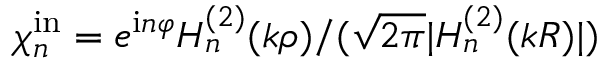
\chi _ { n } ^ { \mathrm { i n } } = e ^ { \mathrm { i } n \varphi } H _ { n } ^ { ( 2 ) } ( k \rho ) / ( \sqrt { 2 \pi } | H _ { n } ^ { ( 2 ) } ( k R ) | )